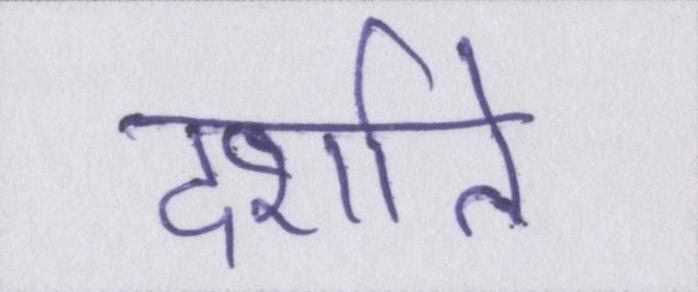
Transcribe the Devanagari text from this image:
दर्शाते